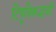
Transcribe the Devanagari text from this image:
टिपूविरूद्धची